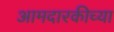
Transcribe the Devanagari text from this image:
आमदारकीच्या